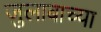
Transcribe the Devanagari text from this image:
जुलाबाच्या